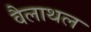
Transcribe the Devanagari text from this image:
वैलाथल